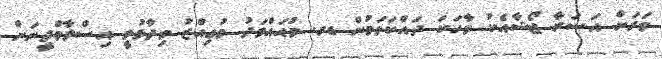
ވަރަށް އަސަރާ ޖޯޝާއެކު ވާހަކަ ދައްކަވަމުން ޑރ. މުޙައްމަދު މުޢިއްޒު ވިދާޅުވީ އިސްލާމްދީނަށް